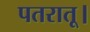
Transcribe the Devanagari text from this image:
पतरातू।